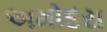
અમોદરા